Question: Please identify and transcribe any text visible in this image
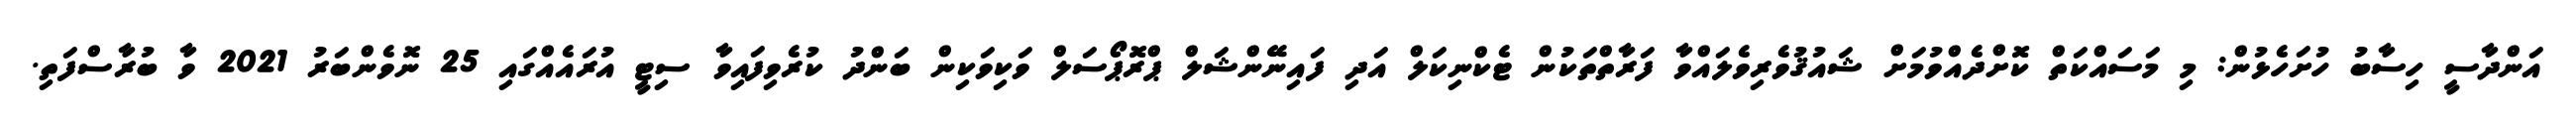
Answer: އަންދާސީ ހިސާބު ހުށަހެޅުން: މި މަސައްކަތް ކޮށްދެއްވުމަށް ޝައުޤުވެރިވެލައްވާ ފަރާތްތަކުން ޓެކްނިކަލް އަދި ފައިނޭންޝަލް ޕްރޮޕޯސަލް ވަކިވަކިން ބަންދު ކުރެވިފައިވާ ސިޓީ އުރައެއްގައި 25 ނޮވެންބަރު 2021 ވާ ބުރާސްފަތި.